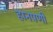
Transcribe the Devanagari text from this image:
हानपणी